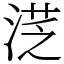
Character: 㴀